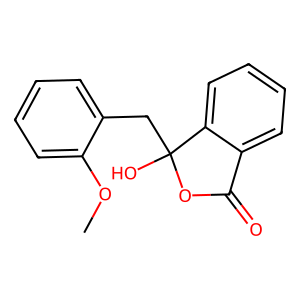
SMILES: COc1ccccc1CC1(O)OC(=O)c2ccccc21
Inhibits HIV replication: No